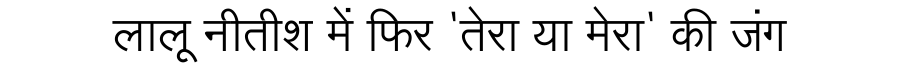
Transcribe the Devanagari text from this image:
लालू नीतीश में फिर 'तेरा या मेरा' की जंग